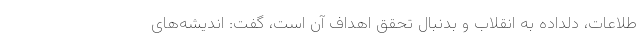
طلاعات، دلداده به انقلاب و بدنبال تحقق اهداف آن است، گفت: اندیشه‌های